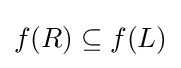
f(R)\subseteq f(L)